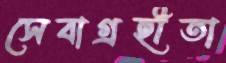
সেবাগ্রহীতা